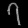
Digit: ၇